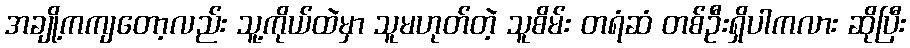
အချို့ကကျတော့လည်း သူ့ကိုယ်ထဲမှာ သူမဟုတ်တဲ့ သူစိမ်း တရံဆံ တစ်ဦးရှိပါကလား ဆိုပြီး